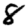
Digit: 8